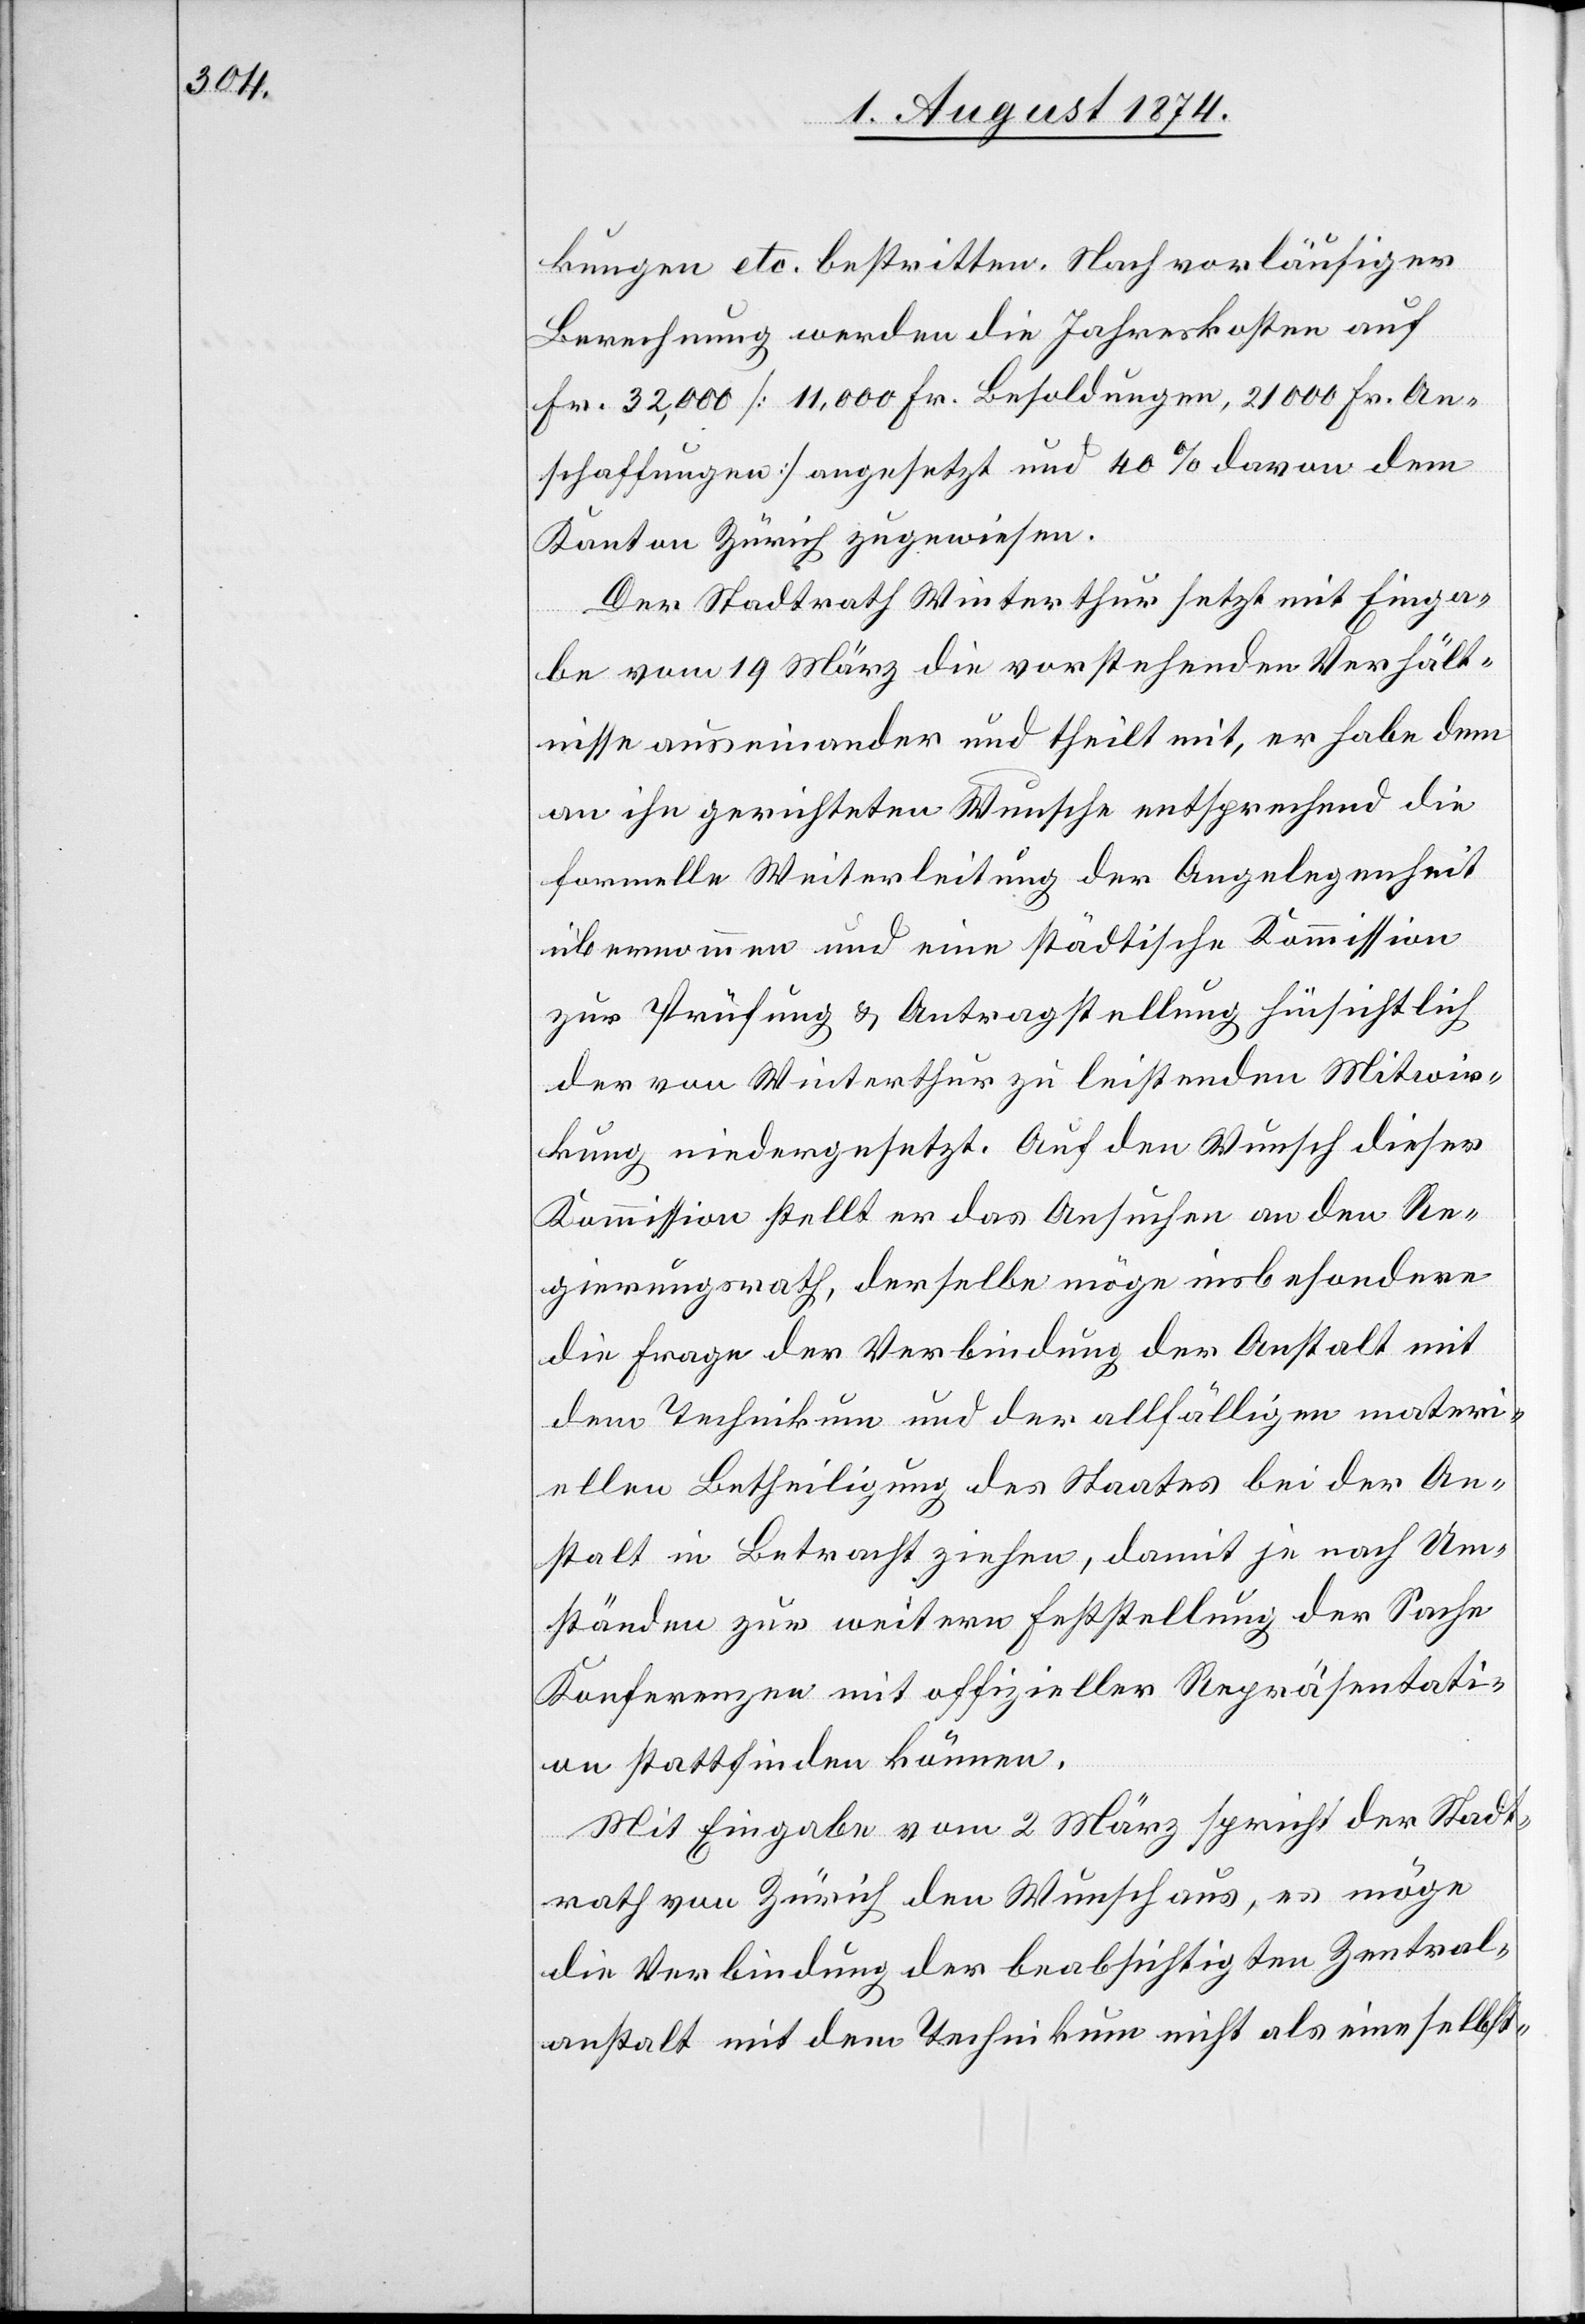
kungen etc. bestritten. Nach vorläufiger
Berechnung werden die Jahreskosten auf
Fr. 32,000 [11,000 Fr. Besoldungen, 21000 Fr. An¬
schaffungen] angesetzt und 40% davon dem
Kanton Zürich zugewiesen.
Der Stadtrath Winterthur setzt mit Einga¬
be vom 19. März die vorstehenden Verhält¬
nisse auseinander und theilt mit, er habe dem
an ihn gerichteten Wunsche entsprechend die
formelle Weiterleitung der Angelegenheit
übernommen und eine städtische Kommission
zur Prüfung u. Antragstellung hinsichtlich
der von Winterthur zu leistenden Mitwir¬
kung niedergesetzt. Auf den Wunsch dieser
Kommission stellt er das Ansuchen an den Re¬
gierungsrath, derselbe möge insbesondere
die Frage der Verbindung der Anstalt mit
dem Technikum und der allfälligen materi¬
ellen Betheiligung des Staates bei der An¬
stalt in Betracht ziehen, damit je nach Um¬
ständen zur weitern Feststellung der Sache
Konferenzen mit offizieller Repräsentati¬
on stattfinden können.
Mit Eingabe vom 2. März spricht der Stadt¬
rath von Zürich den Wunsch aus, es möge
die Verbindung der beabsichtigten Zentral¬
anstalt mit dem Technikum nicht als eine selbst-